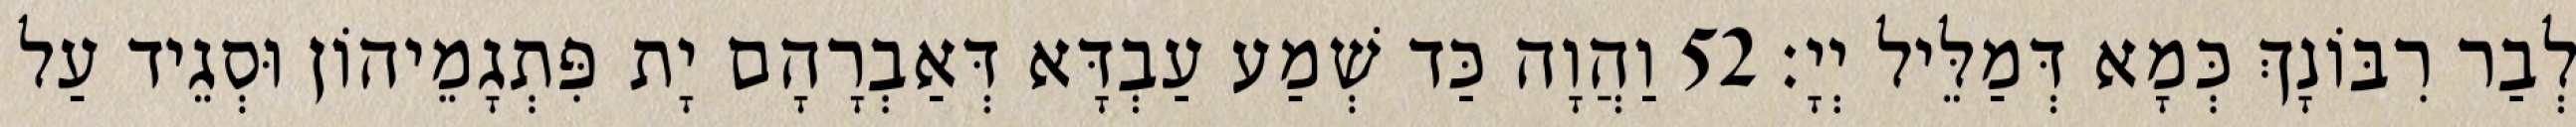
לְבַר רִבּוֹנָךְ כְּמָא דְּמַלֵּיל יְיָ׃ 52 וַהֲוָה כַּד שְׁמַע עַבְדָּא דְּאַבְרָהָם יָת פִּתְגָמֵיהוֹן וּסְגֵיד עַל